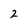
Character: 2